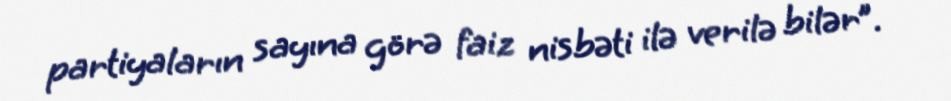
partiyaların sayına görə faiz nisbəti ilə verilə bilər”.